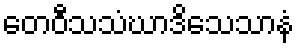
တေဝီသသံဃာဒိသေသာနံ